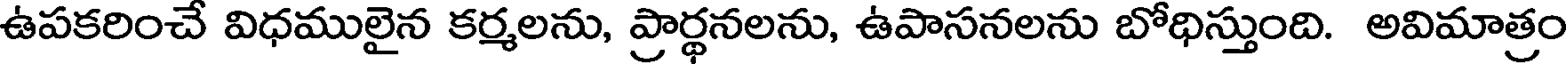
ఉపకరించే విధములైన కర్మలను, ప్రార్థనలను, ఉపాసనలను బోధిస్తుంది. అవిమాత్రం